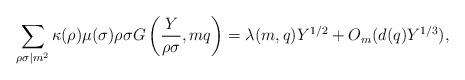
LaTeX: \begin{align*} \sum_{\rho\sigma\mid m^2}\kappa(\rho)\mu(\sigma)\rho\sigma G\left(\frac{Y}{\rho\sigma},mq\right) =\lambda(m,q)Y^{1/2}+O_m(d(q)Y^{1/3}),\end{align*}